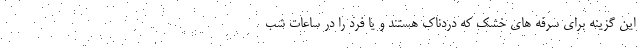
این گزینه برای سرفه های خشک که دردناک هستند و یا فرد را در ساعات شب